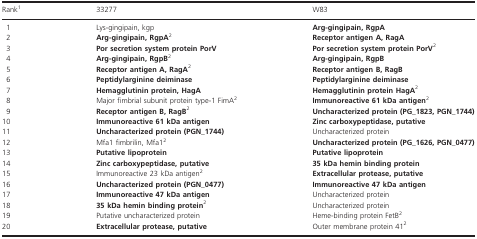
<table><thead><tr><td><b>Rank1</b></td><td><b>33277</b></td><td><b>W83</b></td></tr></thead><tbody><tr><td>1</td><td>Lys-gingipain, kgp</td><td><b>Arg-gingipain, RgpA</b></td></tr><tr><td>2</td><td><b>Arg-gingipain, RgpA</b>2</td><td><b>Receptor antigen A, RagA</b></td></tr><tr><td>3</td><td><b>Por secretion system protein PorV</b></td><td><b>Por secretion system protein PorV</b>2</td></tr><tr><td>4</td><td><b>Arg-gingipain, RgpB</b>2</td><td><b>Arg-gingipain, RgpB</b></td></tr><tr><td>5</td><td><b>Receptor antigen A, RagA</b>2</td><td><b>Receptor antigen B, RagB</b></td></tr><tr><td>6</td><td><b>Peptidylarginine deiminase</b></td><td><b>Peptidylarginine deiminase</b></td></tr><tr><td>7</td><td><b>Hemagglutinin protein, HagA</b></td><td><b>Hemagglutinin protein HagA</b>2</td></tr><tr><td>8</td><td>Major fimbrial subunit protein type-1 FimA2</td><td><b>Immunoreactive 61 kDa antigen</b>2</td></tr><tr><td>9</td><td><b>Receptor antigen B, RagB</b>2</td><td><b>Uncharacterized protein (PG_1823, PGN_1744)</b></td></tr><tr><td>10</td><td><b>Immunoreactive 61 kDa antigen</b></td><td><b>Zinc carboxypeptidase, putative</b></td></tr><tr><td>11</td><td><b>Uncharacterized protein (PGN_1744)</b></td><td>Uncharacterized protein</td></tr><tr><td>12</td><td>Mfa1 fimbrilin, Mfa12</td><td><b>Uncharacterized protein (PG_1626, PGN_0477)</b></td></tr><tr><td>13</td><td><b>Putative lipoprotein</b></td><td><b>Putative lipoprotein</b></td></tr><tr><td>14</td><td><b>Zinc carboxypeptidase, putative</b></td><td><b>35 kDa hemin binding protein</b></td></tr><tr><td>15</td><td>Immunoreactive 23 kDa antigen2</td><td><b>Extracellular protease, putative</b></td></tr><tr><td>16</td><td><b>Uncharacterized protein (PGN_0477)</b></td><td><b>Immunoreactive 47 kDa antigen</b></td></tr><tr><td>17</td><td><b>Immunoreactive 47 kDa antigen</b></td><td>Uncharacterized protein</td></tr><tr><td>18</td><td><b>35 kDa hemin binding protein</b>2</td><td>Uncharacterized protein</td></tr><tr><td>19</td><td>Putative uncharacterized protein</td><td>Heme-binding protein FetB2</td></tr><tr><td>20</td><td><b>Extracellular protease, putative</b></td><td>Outer membrane protein 412</td></tr></tbody></table>